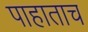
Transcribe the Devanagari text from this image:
पाहाताच